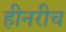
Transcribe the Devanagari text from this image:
हीनरीच